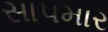
સાપમાર